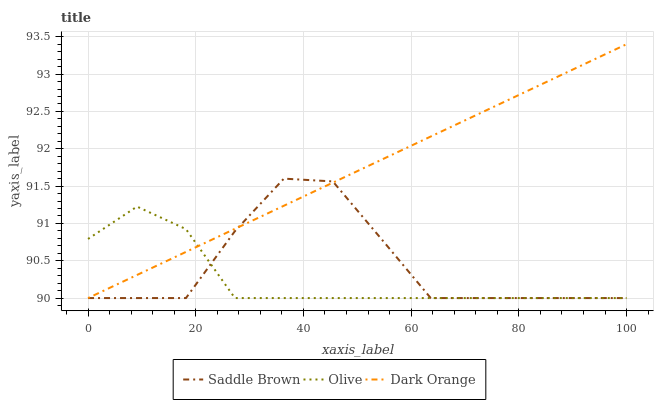
| xaxis_label | Saddle Brown | Olive | Dark Orange |
 | --- | --- | --- | --- |
 | 0 | 90 | 90.8 | 90 |
 | 9.09 | 90 | 91.2 | 90.3 |
 | 18.2 | 90 | 90.9 | 90.6 |
 | 27.3 | 90.9 | 90 | 90.9 |
 | 36.4 | 91.6 | 90 | 91.2 |
 | 45.5 | 91.6 | 90 | 91.5 |
 | 54.5 | 90.8 | 90 | 91.9 |
 | 63.6 | 90 | 90 | 92.2 |
 | 72.7 | 90 | 90 | 92.5 |
 | 81.8 | 90 | 90 | 92.8 |
 | 90.9 | 90 | 90 | 93.1 |
 | 100 | 90 | 90 | 93.4 |